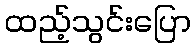
ထည့်သွင်းပြော